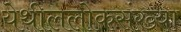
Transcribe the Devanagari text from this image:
येथीललोकसंख्या